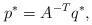
LaTeX: \begin{align*}p^* = A^{-T}q^*,\end{align*}